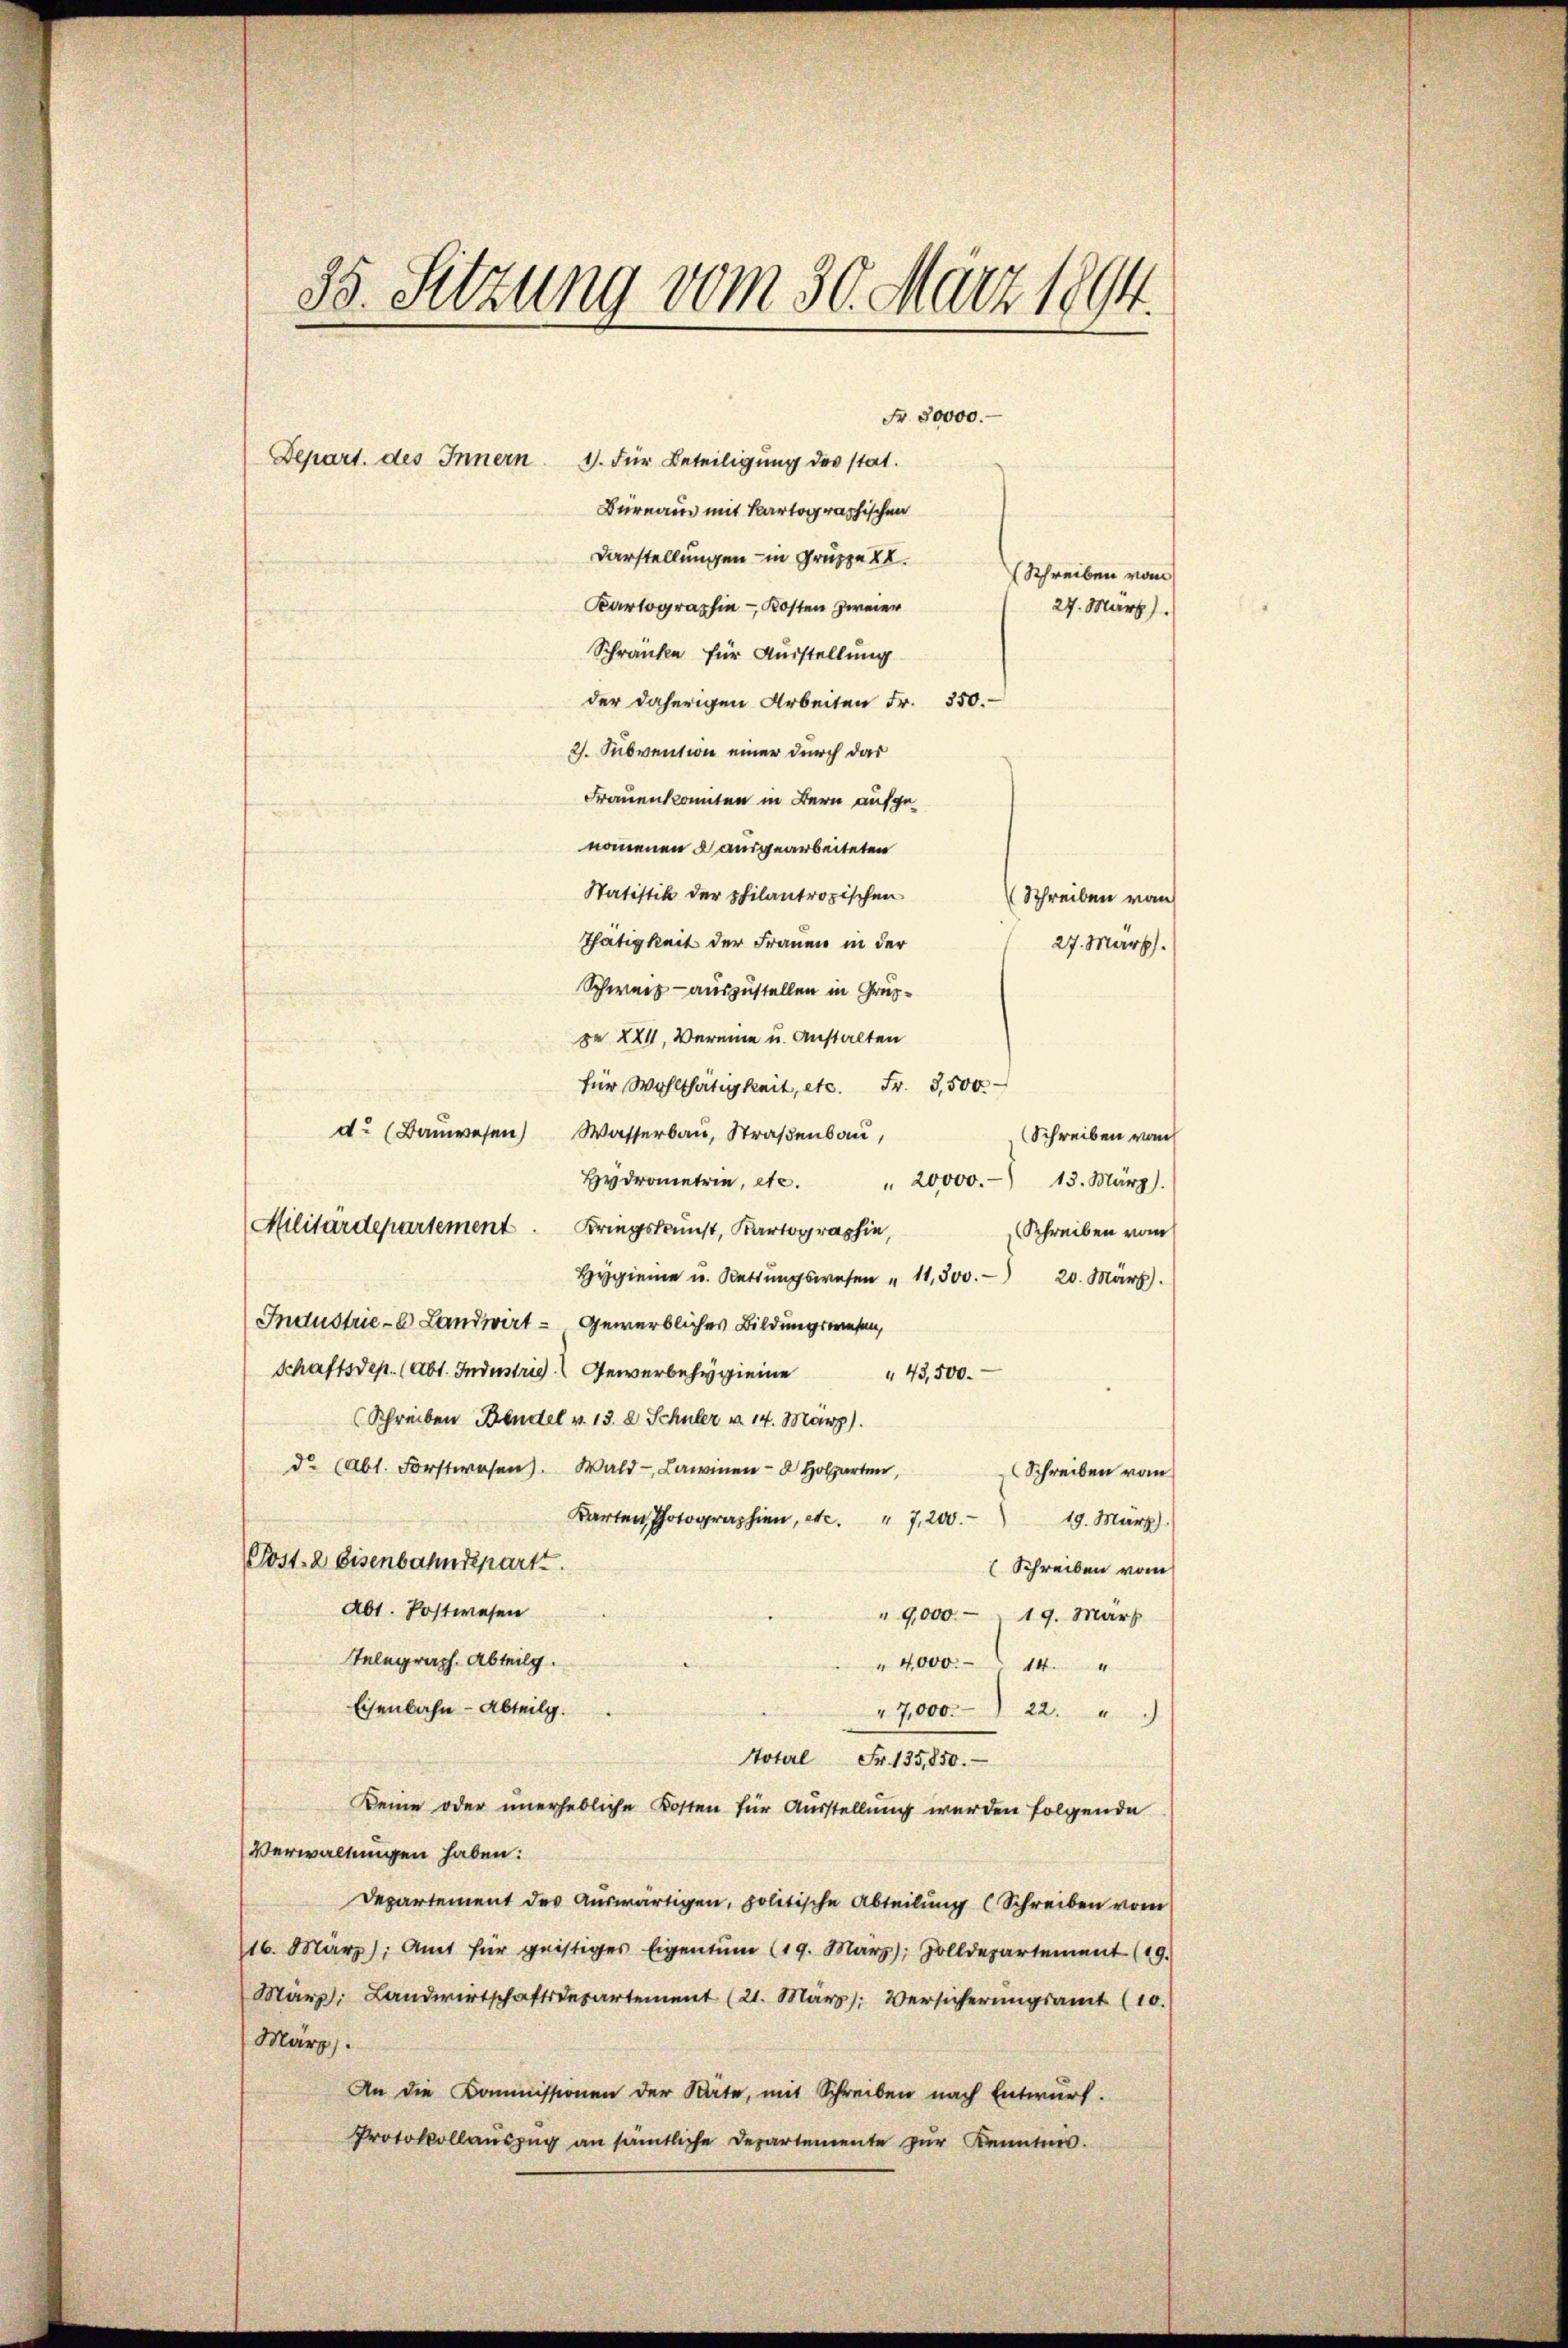
Statistik der philantropischen
Thätigkeit der Frauen in der
Schweiz - auszustellen in Gruppe XXII, Vereine u. Anstalten
für Wohlthätigkeit, etc. Fr. 3,500
d. (Bauwesen Wasserbau, Straßenbau,
Schreiben vom
Hydrometrie, etc.
" 20000. 13. März).
Militärdepartement. Kriegskunst, Kartographie,
Schreiben vom
Hiene u. Rettŭngswesen " 11,300. 20. März.
Industrie - Landwirt - gewerbliches Bildungswesen,
Schaftsdep. (Abt. Industrig Gewerbe eine 43,500
(Schreiben Bandel v. 13. d. Schüler v. 14. März).
de (Abt. Forstwesen. Wald- Lawinen Holzarten,
Schreiben vom
Karten Photographien, etc. " 7,200. 19. März).
Post-2 Eisenbahndepart.
Schreiben vom
Abt. Postwesen
" 9,000 - 19. März
Telegraph. Abteilg.
" 4000. 14. "
Eisenbahn-Abteilg.
17,000. 22.
Notarl Fr. 135,850.
Deine oder unerhebliche Kosten für Ausstellung werden folgende
Verwaltungen haben:
Departement des Auswärtigen, politische Abteilung (Schreiben vom
16. März). Amt für geistiges Eigentum (19. März); Zolldepartement (19.
März. Landwirtschaftsdepartement (21. März): Versicherŭngsamt (10.
März.
An die Kommissionen der Stäte, mit Schreiben nach Entwurf.
Protokollaŭszŭg an sämtliche Departemente zŭr Kenntnis.

85. Setzung vom 30. März 1894.
Fr. 30000.
Depart. des Innern 11. Für Beteiligung der stat.
Bureau mit Kartographischen
Darstellungen – in Gruppe XI.
Schreiben vom
Kartographie - Kosten zweier
27. März)
Schranke für Ausstellung
der daherigen Arbeiten Fr. 350.
2). Subvention einer durch das
Frauen konnten in Bern aufgenommenen ausgearbeiteten

eien an
27. März.